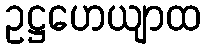
ဥဋ္ဌဟေယျာထ